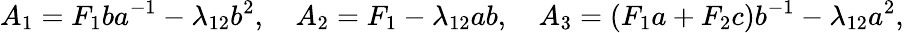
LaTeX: A_{1}=F_{1}ba^{-1}-\lambda_{12}b^{2},\quad A_{2}=F_{1}-\lambda_{12}ab,\quad A_{3}=(F_{1}a+F_{2}c)b^{-1}-\lambda_{12}a^{2},